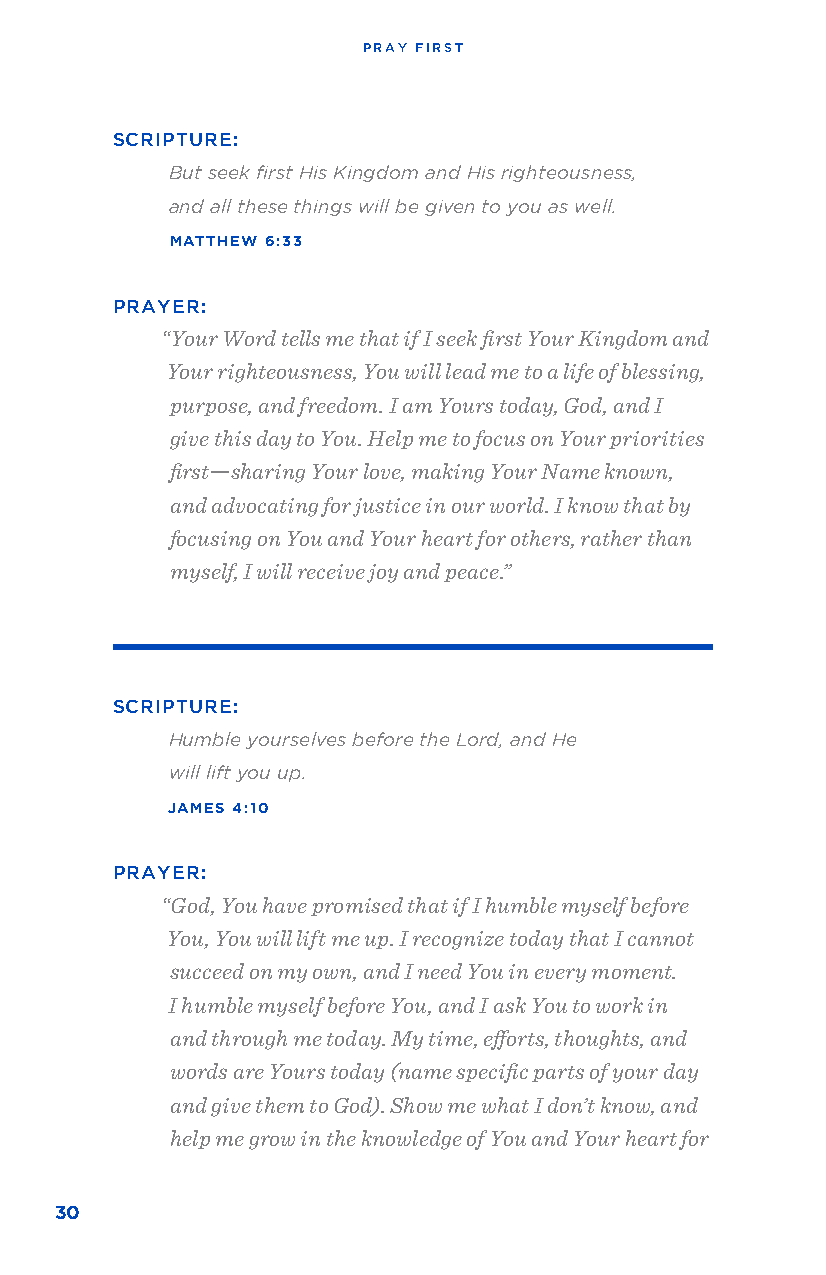
PRAY FIRST
 SCRIPTURE:
 But seek first His Kingdom and His righteousness,
 and all these things will be given to you as well.
 MATTHEW 6:33
 PRAYER:
 “Your Word tells me that if I seek first Your Kingdom and
 Your righteousness, You will lead me to a life of blessing,
 purpose, and freedom. I am Yours today, God, and I
 give this day to You. Help me to focus on Your priorities
 first—sharing Your love, making Your Name known,
 and advocating for justice in our world. I know that by
 focusing on You and Your heart for others, rather than
 myself, I will receive joy and peace.”
 SCRIPTURE:
 Humble yourselves before the Lord, and He
 will lift you up.
 JAMES 4:10
 PRAYER:
 “God, You have promised that if I humble myself before
 You, You will lift me up. I recognize today that I cannot
 succeed on my own, and I need You in every moment.
 I humble myself before You, and I ask You to work in
 and through me today. My time, efforts, thoughts, and
 words are Yours today (name specific parts of your day
 and give them to God). Show me what I don’t know, and
 help me grow in the knowledge of You and Your heart for
 30